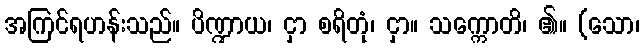
အကြင်ရဟန်းသည်။ ပိဏ္ဍာယ၊ ငှာ စရိတုံ၊ ငှာ။ သက္ကောတိ၊ ၏။ (သော၊